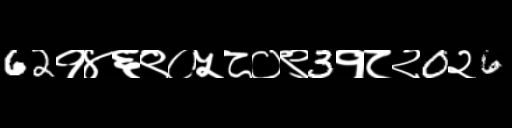
Text: 62१४६९०५८०९3१८२0२6